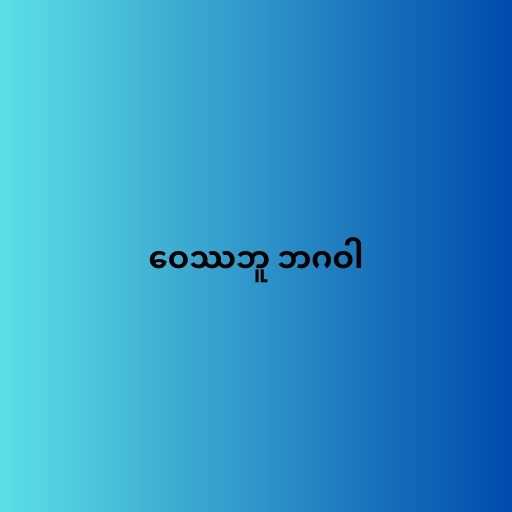
ဝေဿဘူ ဘဂဝါ